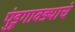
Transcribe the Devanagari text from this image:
पुंडूगावड्याचं